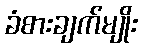
ခံစားချက်မျိုး